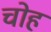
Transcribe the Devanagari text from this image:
चोह